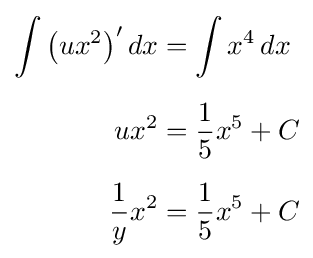
{\begin{aligned}\int \left(ux^{2}\right)'dx&=\int x^{4}\,dx\\[5pt]ux^{2}&={\frac {1}{5}}x^{5}+C\\[5pt]{\frac {1}{y}}x^{2}&={\frac {1}{5}}x^{5}+C\end{aligned}}